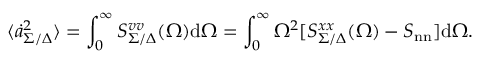
\langle \dot { a } _ { \Sigma / \Delta } ^ { 2 } \rangle = \int _ { 0 } ^ { \infty } S _ { \Sigma / \Delta } ^ { v v } ( \Omega ) \mathrm { d } \Omega = \int _ { 0 } ^ { \infty } \Omega ^ { 2 } [ S _ { \Sigma / \Delta } ^ { x x } ( \Omega ) - S _ { \mathrm { n n } } ] \mathrm { d } \Omega .